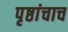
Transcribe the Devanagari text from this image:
पृष्ठांचाच